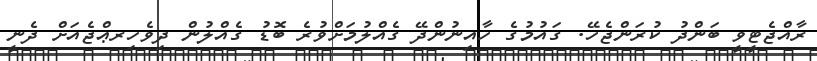
ރާއްޖެޓީވީ ބަންދު ކުރަންޖެހޭ. ގައުމުގެ ހާއިނުންދޭ ގެއްލުމަށްވުރެ ބޮޑު ގެއްލުން ދިވެހިރޢްޖެއަށް ދެނީ